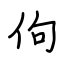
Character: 佝